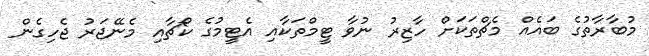
މުބާރާތުގެ ބައެއް މެޗްތަކަށް ހާޒިރު ނުވާ ޓީމްތަކާއި އެޓީމުގެ ކޯޗާއި މެނޭޖަރު ޖެހިގެން